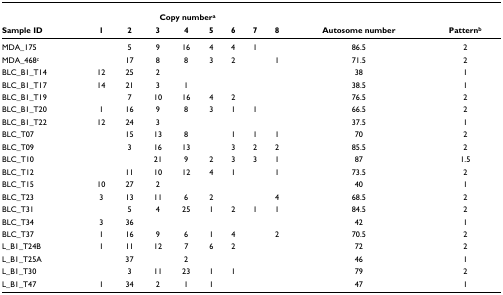
|  | <COLSPAN=8> Copy numbera |  |  |
 | Sample ID | 1 | 2 | 3 | 4 | 5 | 6 | 7 | 8 | Autosome number | Patternb |
 | --- | --- | --- | --- | --- | --- | --- | --- | --- | --- | --- |
 | MDA_175 |  | 5 | 9 | 16 | 4 | 4 | 1 |  | 86.5 | 2 |
 | MDA_468c |  | 17 | 8 | 8 | 3 | 2 |  | 1 | 71.5 | 2 |
 | BLC_B1_T14 | 12 | 25 | 2 |  |  |  |  |  | 38 | 1 |
 | BLC_B1_T17 | 14 | 21 | 3 | 1 |  |  |  |  | 38.5 | 1 |
 | BLC_B1_T19 |  | 7 | 10 | 16 | 4 | 2 |  |  | 76.5 | 2 |
 | BLC_B1_T20 | 1 | 16 | 9 | 8 | 3 | 1 | 1 |  | 66.5 | 2 |
 | BLC_B1_T22 | 12 | 24 | 3 |  |  |  |  |  | 37.5 | 1 |
 | BLC_T07 |  | 15 | 13 | 8 |  | 1 | 1 | 1 | 70 | 2 |
 | BLC_T09 |  | 3 | 16 | 13 |  | 3 | 2 | 2 | 85.5 | 2 |
 | BLC_T10 |  |  | 21 | 9 | 2 | 3 | 3 | 1 | 87 | 1.5 |
 | BLC_T12 |  | 11 | 10 | 12 | 4 | 1 |  | 1 | 73.5 | 2 |
 | BLC_T15 | 10 | 27 | 2 |  |  |  |  |  | 40 | 1 |
 | BLC_T23 | 3 | 13 | 11 | 6 | 2 |  |  | 4 | 68.5 | 2 |
 | BLC_T31 |  | 5 | 4 | 25 | 1 | 2 | 1 | 1 | 84.5 | 2 |
 | BLC_T34 | 3 | 36 |  |  |  |  |  |  | 42 | 1 |
 | BLC_T37 | 1 | 16 | 9 | 6 | 1 | 4 |  | 2 | 70.5 | 2 |
 | L_B1_T24B | 1 | 11 | 12 | 7 | 6 | 2 |  |  | 72 | 2 |
 | L_B1_T25A |  | 37 |  | 2 |  |  |  |  | 46 | 1 |
 | L_B1_T30 |  | 3 | 11 | 23 | 1 | 1 |  |  | 79 | 2 |
 | L_B1_T47 | 1 | 34 | 2 | 1 | 1 |  |  |  | 47 | 1 |